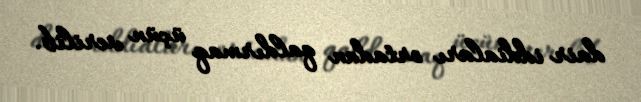
dair iddiaları ortadan qaldırmaq üçün verilib.